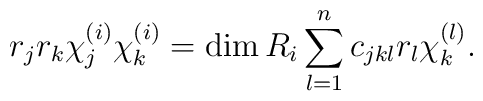
r_j r_k \chi_j^{(i)} \chi_k^{(i)} = \dim R_i \sum\limits_{l=1}^nc_{jkl} r_l \chi_k^{(l)}.